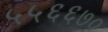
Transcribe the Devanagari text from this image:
५५६६७०